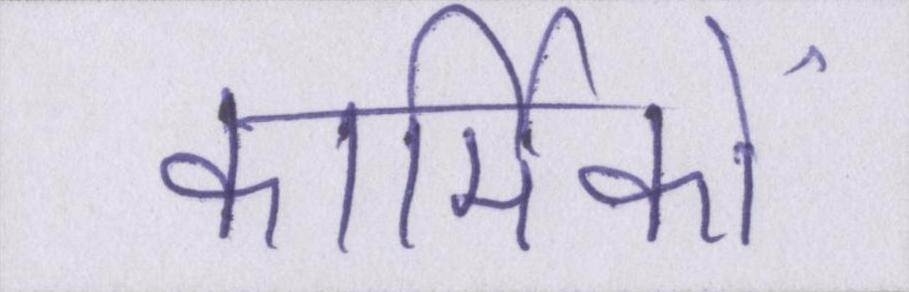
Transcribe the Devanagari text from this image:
कार्मिकों